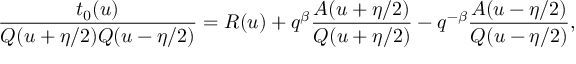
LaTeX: \frac { t _ { 0 } ( u ) } { Q ( u + \eta / 2 ) Q ( u - \eta / 2 ) } = R ( u ) + q ^ { \beta } \frac { A ( u + \eta / 2 ) } { Q ( u + \eta / 2 ) } - q ^ { - \beta } \frac { A ( u - \eta / 2 ) } { Q ( u - \eta / 2 ) } ,